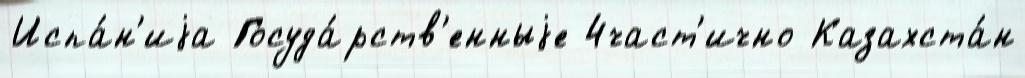
Испа́н'иjа Госуда́рств'енныjе 4част'ично Казахста́н